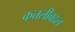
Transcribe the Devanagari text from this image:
कत्तलीबद्दल